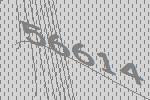
56614